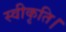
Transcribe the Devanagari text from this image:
स्वीकृति।